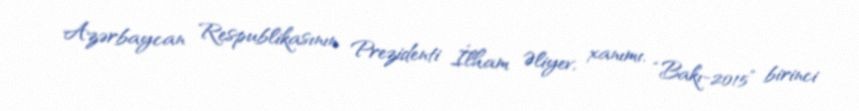
Azərbaycan Respublikasının Prezidenti İlham Əliyev, xanımı, “Bakı-2015” birinci